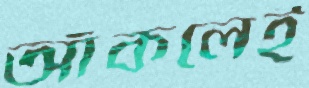
আঁকলেই